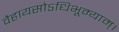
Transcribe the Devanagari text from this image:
वैहायसोऽधिभूम्याम्।